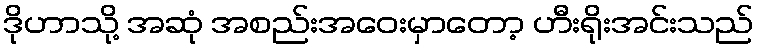
ဒိုဟာသို့ အဆုံ အစည်းအဝေးမှာတော့ ဟီးရိုးအင်းသည်